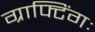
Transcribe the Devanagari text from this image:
ग्राफ्टिंगः